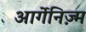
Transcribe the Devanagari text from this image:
आर्गेनिज़्म